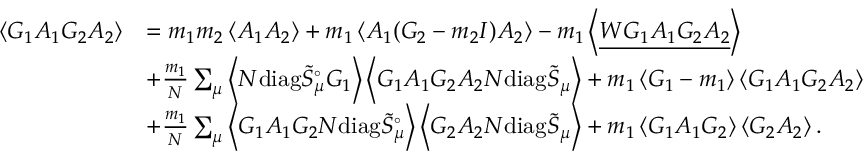
\begin{array} { r l } { \left\langle { G _ { 1 } A _ { 1 } G _ { 2 } A _ { 2 } } \right\rangle } & { = m _ { 1 } m _ { 2 } \left\langle { A _ { 1 } A _ { 2 } } \right\rangle + m _ { 1 } \left\langle { A _ { 1 } ( G _ { 2 } - m _ { 2 } I ) A _ { 2 } } \right\rangle - m _ { 1 } \left\langle { \underline { { W G _ { 1 } A _ { 1 } G _ { 2 } A _ { 2 } } } } \right\rangle } \\ & { + \frac { m _ { 1 } } { N } \sum _ { \mu } \left\langle { N \mathrm { d i a g } \tilde { S } _ { \mu } ^ { \circ } G _ { 1 } } \right\rangle \left\langle { G _ { 1 } A _ { 1 } G _ { 2 } A _ { 2 } N \mathrm { d i a g } \tilde { S } _ { \mu } } \right\rangle + m _ { 1 } \left\langle { G _ { 1 } - m _ { 1 } } \right\rangle \left\langle { G _ { 1 } A _ { 1 } G _ { 2 } A _ { 2 } } \right\rangle } \\ & { + \frac { m _ { 1 } } { N } \sum _ { \mu } \left\langle { G _ { 1 } A _ { 1 } G _ { 2 } N \mathrm { d i a g } \tilde { S } _ { \mu } ^ { \circ } } \right\rangle \left\langle { G _ { 2 } A _ { 2 } N \mathrm { d i a g } \tilde { S } _ { \mu } } \right\rangle + m _ { 1 } \left\langle { G _ { 1 } A _ { 1 } G _ { 2 } } \right\rangle \left\langle { G _ { 2 } A _ { 2 } } \right\rangle . } \end{array}